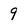
Character: 9